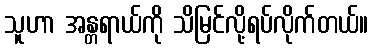
သူဟာ အန္တရာယ်ကို သိမြင်လို့ရပ်လိုက်တယ်။